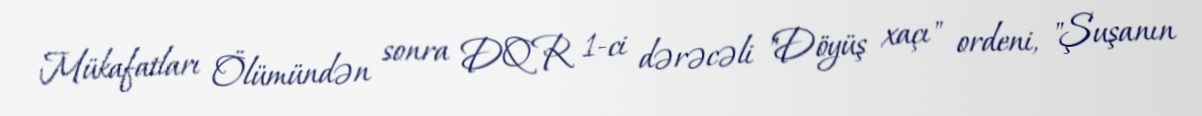
Mükafatları Ölümündən sonra DQR 1-ci dərəcəli "Döyüş xaçı" ordeni, "Şuşanın